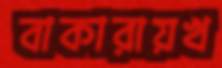
বাকারায়খ